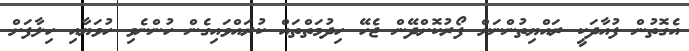
އެގޮތުން ފުއާދަކީ ރައްޔިތުންނަށް ފޯރުކޮށްދޭން ޖެހޭ ހިދުމަތްތައް ކުރައްވައިގެން ހުންނެވި ހުވަޔާއި ހިލާފަށް